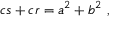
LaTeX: c s + c r = a ^ { 2 } + b ^ { 2 } \ ,